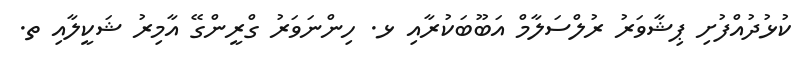
ކުޅުދުއްފުށި ޕިޝާވަރު ރުލްސަލާމް އަބޫބަކުރާއި ޅ. ހިންނަވަރު ގްރީންގޭ އާމިރު ޝަކީލާއި ތ.